Vabadussoja_Ajaloo_Komitee, lk 19
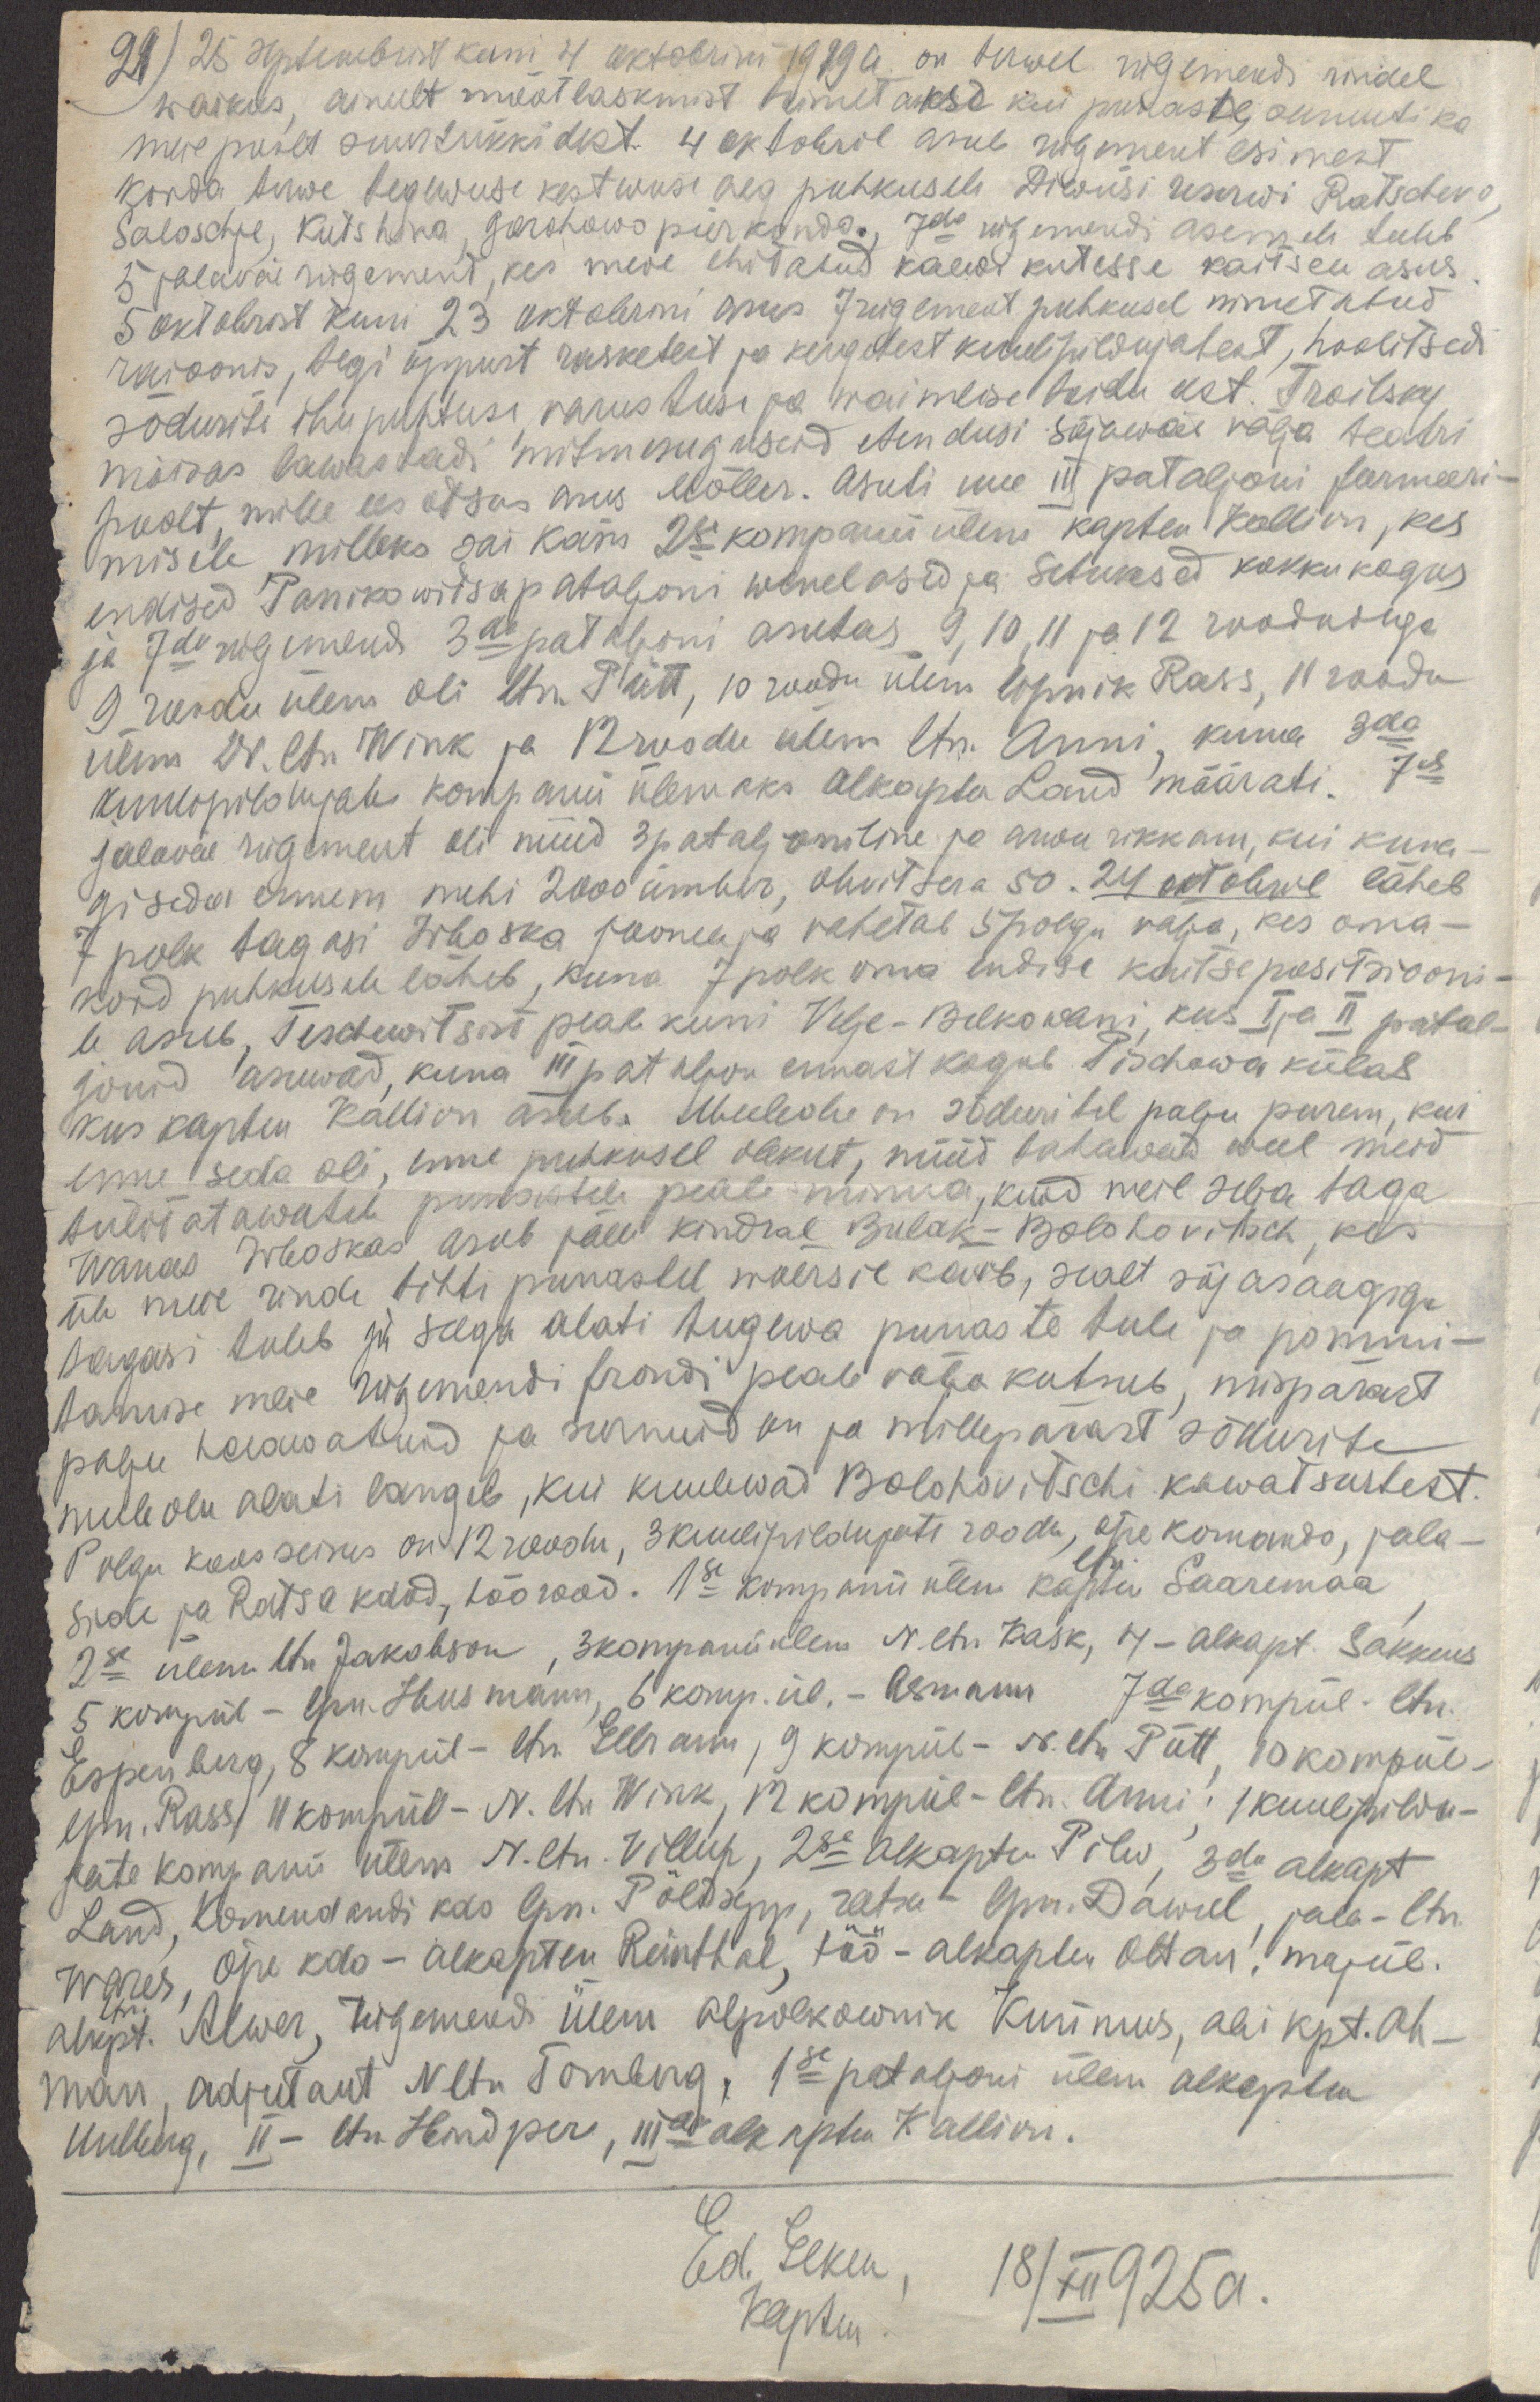
21)
25 septembrist kuni 4 oktobrini 1919a. on terwel rügemendi rindel
waikus, ainult mõõtlaskmist toimetakse kui punaste, samuti ka
meie poolt suurtükkidest. 4 oktobril asub rügement esimest
korda terwe tegewuse kestwuse aeg puhkusele Diwiisi reserwi Ratschevo,
Soloschje, Kutshina, Gorohowo piirkonda. 7da rügemendi asemele tuleb
5 jalaväe rügement, kes meie ehitatud kaewikutesse kaitsele asus.
5 oktobrist kuni 23 oktobrini asus 7 rügement puhkusel nimetatud
raioonis, tegi õppust rasketest ja kergetest kuulipildujatest, hoolitsedi
sõdurite ihupuhtuse, varustuse ja waimlise toidu eest. Troitsky
mõisas lawastadi mitmesuguseid etendusi sõjawäe välja teatri
poolt, mille ees otsas asus Möller. Asuti uue III pataljoni formeeri-
misele, milleks sai käsu 2se kompanii ülem kapten Kallion, kes
endised Panikowitsa pataljoni wenelased ja setukesed kokku kogus
ja 7da rügemendi 3da pataljoni asutas 9, 10, 11 ja 12 roodudega
9 roodu ülem oli ltn. Pütt, 10 roodu ülem lipnik Rass, 11 roodu
ülem N. ltn Wink ja 12 roodu ülem ltn. Anni, kuna 3da
kuulipildujate kompanii ülemaks alkapten Land määrati. 7es
jalaväe rügement oli nüüd 3 pataljoniline ja arwu rikkam, kui kuna-
gi seda ennem mehi 2000 ümber, ohwitsera 50. 24 oktobril läheb
7 polk tagasi Irboska joonele ja vahetab 5 polgu välja, kes oma-
kord puhkusele läheb, kuna 7 polk oma endise kaitsepositsiooni-
le asub, Teschewitsist peale kuni Velje - Belkowani, kus I ja II patal-
jonid asuwad, kuna III pataljon ennast kogub Pischowa külas
kus kapten Kallion asub. Meeleolu on sõduritel palju parem, kui
enne seda oli, enne puhkusel olekut, nüüd tahawad weel meid
tülitatawatele punastele peale minna, kuid meie selja taga
Wanas Irboskas asub jälle kindral Bulak-Bolohovitsch, kes
üle meie rinde tihti punastel wõersil käib, sealt sõjasaagiga
tagasi tuleb ja selga alati tugewa punaste tule ja pommi-
tamise meie rügemendi frondi peale välja kutsub, mispärast
palju haawatuid ja surnuid on ja millepärast sõdurite
meeleolu alati langeb, kui kuulewad Bolohovitschi kawatsustest.
Polgu koosseisus on 12 roodu, 3 kuulipildujate roodu, õpe komando, jala-
ltn.
side ja Ratsa kdod, töörood. 1se kompanii ülem kapten Saaremaa,
2se ülem ltn Jakobson, 3 kompanii ülem N. ltn. Kask, 4 - alkapt. Sakkeus
5 kompül - lpn. Husmann, 6 komp. ül. - Asmann 7da kompül - ltn.
Espenberg, 8 kompül - ltn. Ellram, 9 kompül - N. ltn. Pütt, 10 kompül -
lpn. Rass, 11 kompül - N. ltn Wink, 12 kompül - ltn Anni; 1 kuulipildu-
jate kompanii ülem N. ltn. Villup, 2se alkapten Pilw, 3da alkapt
Land, Komendandi kdo lpn. Põldsepp, ratsa - lpn. Dawel, jala - ltn.
Wares, õpe kdo - alkapten Reinthal, töö - alkapten Ottan. majül.
alkpt. Alwer, rügemendi ülem alpolkownik Kunnus, abi kpt. Oh-
ltn.
man, adjutant. N ltn Tomberg, 1se pataljoni ülem alkapten
Uulberg, II - ltn Hindper, IIIda alkapten Kallion.
Ed. Elken,
kapten.
18/XII 925a.